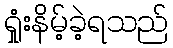
ရှုံးနိမ့်ခဲ့ရသည်